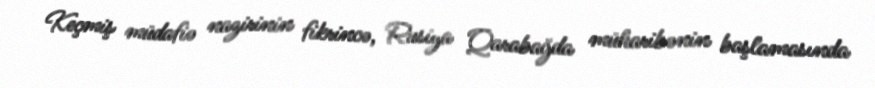
Keçmiş müdafiə nazirinin fikrincə, Rusiya Qarabağda müharibənin başlamasında